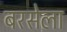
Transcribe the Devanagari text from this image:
बरसेला